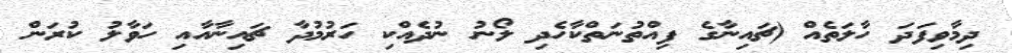
ދިމާވިފަދަ ހާލަތެއް (ޗައިނާގެ ފިއްތުނަތްކާހެދި ލޯނު ނުދެއްކި ހަރުމުދާ ޗައިނާއާއި ހަވާލު ކުރަން